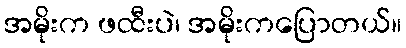
အမိုးက ဖထီးပဲ၊ အမိုးကပြောတယ်။